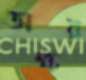
অক্ষর